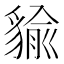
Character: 貐